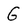
Character: G